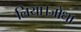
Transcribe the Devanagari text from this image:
लिया।जोधा